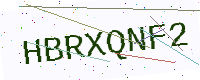
Text: HBRXQNF2